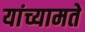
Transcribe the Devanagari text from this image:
यांच्यामते